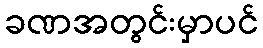
ခဏအတွင်းမှာပင်